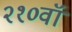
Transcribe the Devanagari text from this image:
२१०वॉ